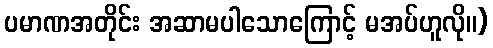
ပမာဏအတိုင်း အဆာမပါသောကြောင့် မအပ်ဟူလို။)